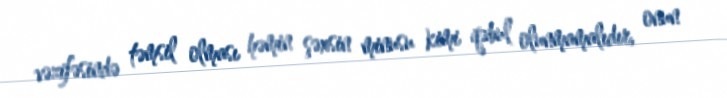
vəzifəsində təmsil olması həmin şəxsin minusu kimi qəbul olunmamalıdır, onun